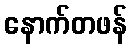
နောက်တဖန်